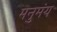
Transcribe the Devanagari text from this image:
मनुमंय